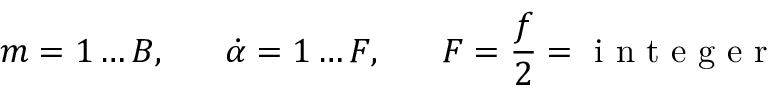
m = 1 \ldots B , \; \; \; \; \; \; \dot { \alpha } = 1 \ldots F , \; \; \; \; \; \; F = \frac { f } { 2 } = \textup { i n t e g e r }